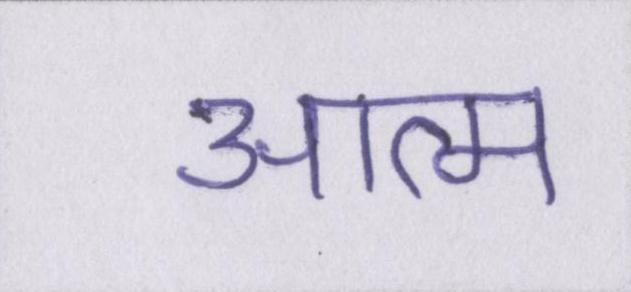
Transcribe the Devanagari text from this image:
आत्म